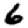
Digit: 6